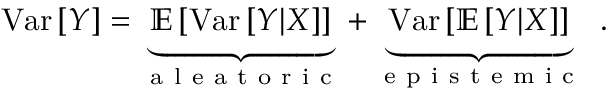
\mathrm { V a r } \left[ Y \right] = \underbrace { \mathbb { E } \left[ \mathrm { V a r } \left[ Y | X \right] \right] } _ { \mathrm { ~ a ~ l ~ e ~ a ~ t ~ o ~ r ~ i ~ c ~ } } + \underbrace { \mathrm { V a r } \left[ \mathbb { E } \left[ Y | X \right] \right] } _ { \mathrm { ~ e ~ p ~ i ~ s ~ t ~ e ~ m ~ i ~ c ~ } } \ .